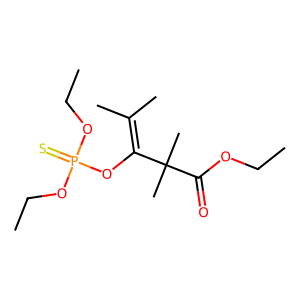
SMILES: CCOC(=O)C(C)(C)C(OP(=S)(OCC)OCC)=C(C)C
Inhibits HIV replication: No